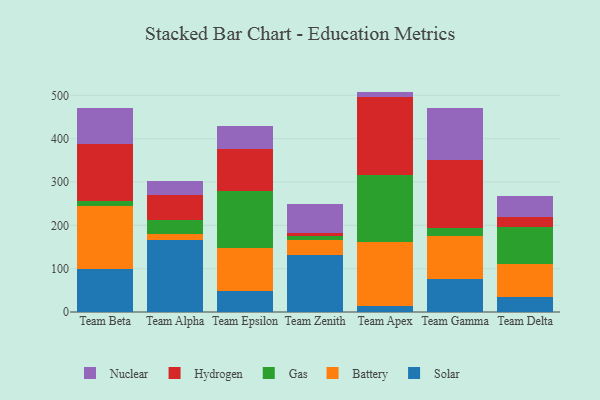
{"axis": {"x": "Team", "y": "Demand Index"}, "legend": ["Battery", "Gas", "Hydrogen", "Nuclear", "Solar"], "data": [{"x": "Team Beta", "y": 98.3, "type": "Solar"}, {"x": "Team Beta", "y": 146.1, "type": "Battery"}, {"x": "Team Beta", "y": 11.8, "type": "Gas"}, {"x": "Team Beta", "y": 131.7, "type": "Hydrogen"}, {"x": "Team Beta", "y": 82.7, "type": "Nuclear"}, {"x": "Team Alpha", "y": 166.9, "type": "Solar"}, {"x": "Team Alpha", "y": 12.9, "type": "Battery"}, {"x": "Team Alpha", "y": 32.5, "type": "Gas"}, {"x": "Team Alpha", "y": 58.5, "type": "Hydrogen"}, {"x": "Team Alpha", "y": 30.6, "type": "Nuclear"}, {"x": "Team Epsilon", "y": 47.6, "type": "Solar"}, {"x": "Team Epsilon", "y": 99.0, "type": "Battery"}, {"x": "Team Epsilon", "y": 132.0, "type": "Gas"}, {"x": "Team Epsilon", "y": 97.5, "type": "Hydrogen"}, {"x": "Team Epsilon", "y": 53.4, "type": "Nuclear"}, {"x": "Team Zenith", "y": 130.7, "type": "Solar"}, {"x": "Team Zenith", "y": 36.4, "type": "Battery"}, {"x": "Team Zenith", "y": 8.7, "type": "Gas"}, {"x": "Team Zenith", "y": 7.2, "type": "Hydrogen"}, {"x": "Team Zenith", "y": 65.2, "type": "Nuclear"}, {"x": "Team Apex", "y": 12.9, "type": "Solar"}, {"x": "Team Apex", "y": 149.3, "type": "Battery"}, {"x": "Team Apex", "y": 154.7, "type": "Gas"}, {"x": "Team Apex", "y": 178.5, "type": "Hydrogen"}, {"x": "Team Apex", "y": 13.2, "type": "Nuclear"}, {"x": "Team Gamma", "y": 76.4, "type": "Solar"}, {"x": "Team Gamma", "y": 99.3, "type": "Battery"}, {"x": "Team Gamma", "y": 19.1, "type": "Gas"}, {"x": "Team Gamma", "y": 155.9, "type": "Hydrogen"}, {"x": "Team Gamma", "y": 119.2, "type": "Nuclear"}, {"x": "Team Delta", "y": 35.3, "type": "Solar"}, {"x": "Team Delta", "y": 75.6, "type": "Battery"}, {"x": "Team Delta", "y": 85.8, "type": "Gas"}, {"x": "Team Delta", "y": 23.3, "type": "Hydrogen"}, {"x": "Team Delta", "y": 46.6, "type": "Nuclear"}]}